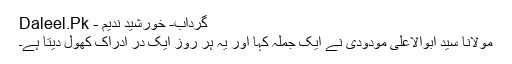
گرداب- خورشید ندیم - Daleel.Pk
مولانا سید ابوالاعلیٰ مودودی نے ایک جملہ کہا اور یہ ہر روز ایک درِ ادراک کھول دیتا ہے۔